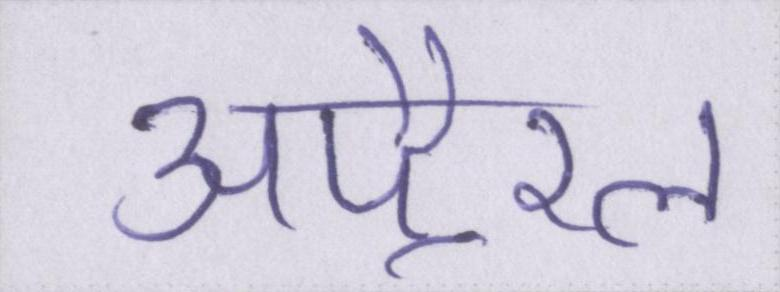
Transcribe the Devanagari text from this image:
अपै्रल